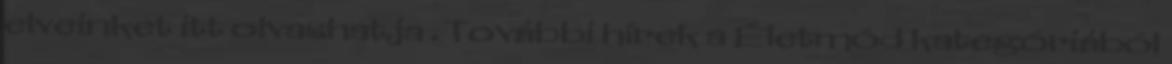
elveinket itt olvashatja . További hírek a Életmód kategóriából